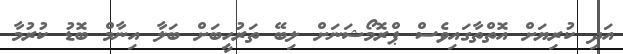
އަދި ކުރިޔަށް އޮތްތާގައިވެސް ޕްރޮމޯޝަނަށް ލިބޭ ތަރުހީބަށް ބަލާ އިނާމް ބޮޑު ކުރުމާ